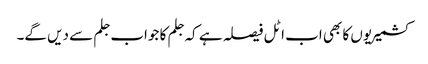
کشمیریوں کا بھی اب اٹل فیصلہ ہے کہ جلم کا جواب جلم سے دیں گے۔